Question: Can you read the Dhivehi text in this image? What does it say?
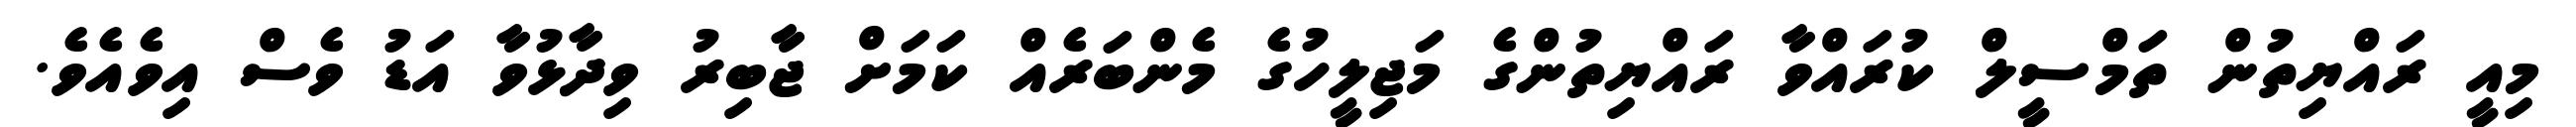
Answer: މިއީ ރައްޔިތުން ތަމްސީލް ކުރައްވާ ރައްޔިތުންގެ މަޖިލީހުގެ މެންބަރެއް ކަމަށް ޖާބިރު ވިދާޅުވާ އަޑު ވެސް އިވެއެވެ.